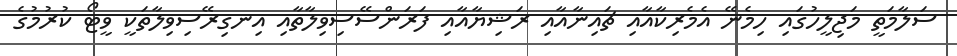
ސަލާމަތީ މަޖިލީހުގައި ހިމެނޭ އެމެރިކާއާއި ޗައިނާއާއި ރަޝިޔާއާއި ފަރަންސޭސިވިލާތާއި އިނގިރޭސިވިލާތަކީ ވީޓޯ ކުރުމުގެ